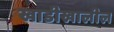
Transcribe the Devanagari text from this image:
खाडीखालील